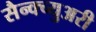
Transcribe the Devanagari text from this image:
सैन्क्च्युअरी